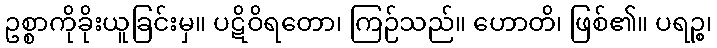
ဥစ္စာကိုခိုးယူခြင်းမှ။ ပဋိဝိရတော၊ ကြဉ်သည်။ ဟောတိ၊ ဖြစ်၏။ ပရဉ္စ၊